Indian journal of veterinary science and animal husbandry - Volume 10,
Year: 1940
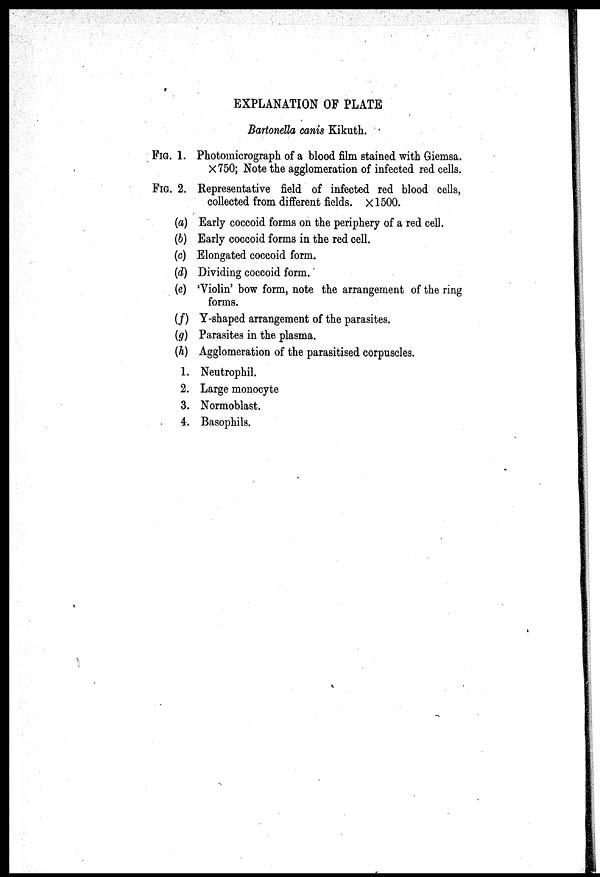
EXPLANATION OF PLATE
Bartonella canis Kikuth.
FIG. 1. Photomicrograph of a blood film stained with Giemsa.
× 750; Note the agglomeration of infected red cells.
FIG. 2. Representative field of infected red blood cells,
collected from different fields. ×1500.
(a) Early coccoid forms on the periphery of a red cell.
(b) Early coccoid forms in the red cell.
(c) Elongated coccoid form.
(d) Dividing coccoid form.
(e) 'Violin' bow form, note the arrangement of the ring
forms.
(f) Y-shaped arrangement of the parasites.
(g) Parasites in the plasma.
(h) Agglomeration of the parasitised corpuscles.
1. Neutrophil.
2. Large monocyte
3. Normoblast.
4. Basophils.